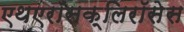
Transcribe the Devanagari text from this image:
एथएरॉसक्लिरॉसेस